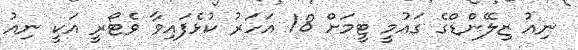
ނިއު ޒިލޭންޑްގެ ގައުމީ ޓީމަށް 18 އަހަރު ކުޅެފައިވާ ވެޓޯރީ އަކީ ނިއު